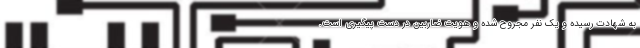
به شهادت رسیده و یک نفر مجروح شده و هویت ضاربین در دست پیگیری است.